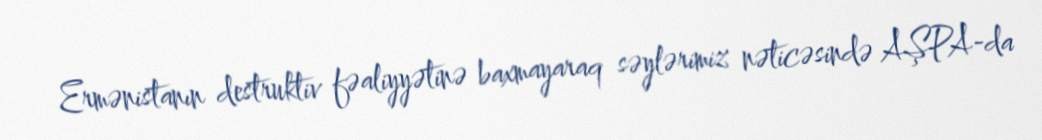
Ermənistanın destruktiv fəaliyyətinə baxmayaraq səylərimiz nəticəsində AŞPA-da